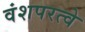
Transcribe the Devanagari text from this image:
वंशपरत्वे